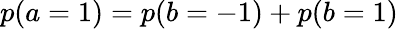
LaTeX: p(a=1)=p(b=-1)+p(b=1)